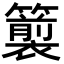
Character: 𮆵